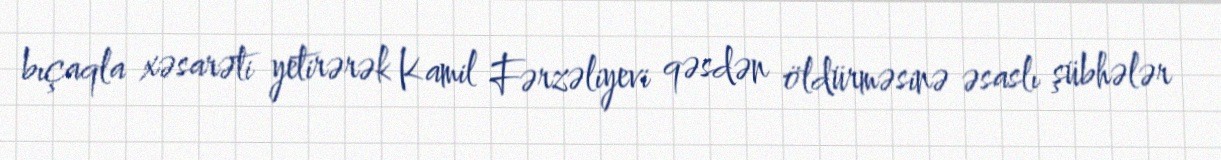
bıçaqla xəsarəti yetirərək Kamil Fərzəliyevi qəsdən öldürməsinə əsaslı şübhələr